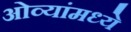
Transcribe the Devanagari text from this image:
ओव्यांमध्ये